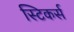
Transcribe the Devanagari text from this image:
स्टिकर्स